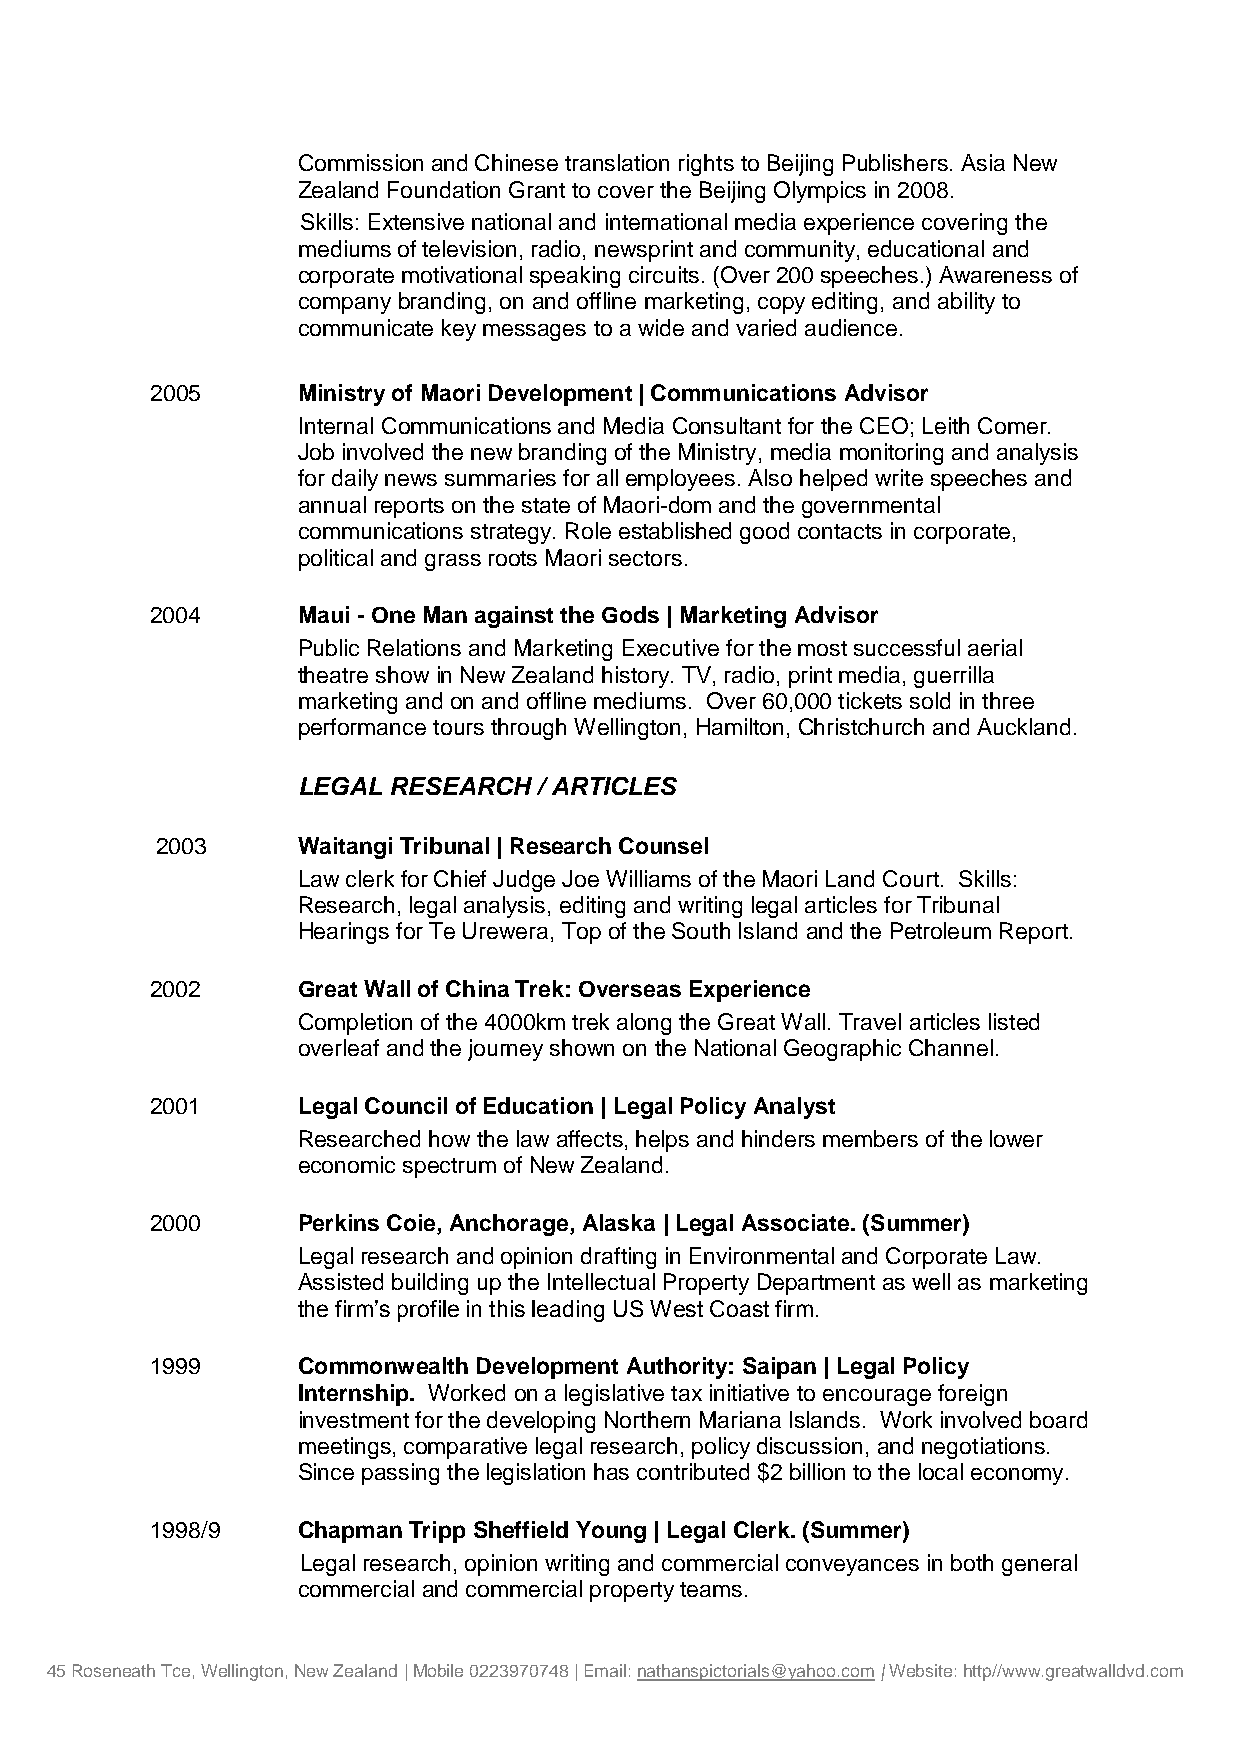
Commission and Chinese translation rights to Beijing Publishers. Asia New
 Zealand Foundation Grant to cover the Beijing Olympics in 2008.
 Skills: Extensive national and international media experience covering the
 mediums of television, radio, newsprint and community, educational and
 corporate motivational speaking circuits. (Over 200 speeches.) Awareness of
 company branding, on and offline marketing, copy editing, and ability to
 communicate key messages to a wide and varied audience.
 2005      Ministry of Maori Development | Communications Advisor
 Internal Communications and Media Consultant for the CEO; Leith Comer.
 Job involved the new branding of the Ministry, media monitoring and analysis
 for daily news summaries for all employees. Also helped write speeches and
 annual reports on the state of Maori-dom and the governmental
 communications strategy. Role established good contacts in corporate,
 political and grass roots Maori sectors.
 2004      Maui - One Man against the Gods | Marketing Advisor
 Public Relations and Marketing Executive for the most successful aerial
 theatre show in New Zealand history. TV, radio, print media, guerrilla
 marketing and on and offline mediums. Over 60,000 tickets sold in three
 performance tours through Wellington, Hamilton, Christchurch and Auckland.
 LEGAL RESEARCH  / ARTICLES
 2003      Waitangi Tribunal | Research Counsel
 Law clerk for Chief Judge Joe Williams of the Maori Land Court. Skills:
 Research, legal analysis, editing and writing legal articles for Tribunal
 Hearings for Te Urewera, Top of the South Island and the Petroleum Report.
 2002      Great Wall of China Trek: Overseas Experience
 Completion of the 4000km trek along the Great Wall. Travel articles listed
 overleaf and the journey shown on the National Geographic Channel.
 2001      Legal Council of Education | Legal Policy Analyst
 Researched how the law affects, helps and hinders members of the lower
 economic spectrum of New Zealand.
 2000      Perkins Coie, Anchorage, Alaska | Legal Associate. (Summer)
 Legal research and opinion drafting in Environmental and Corporate Law.
 Assisted building up the Intellectual Property Department as well as marketing
 the firm’s profile in this leading US West Coast firm.
 1999      Commonwealth Development Authority: Saipan | Legal Policy
 Internship. Worked on a legislative tax initiative to encourage foreign
 investment for the developing Northern Mariana Islands. Work involved board
 meetings, comparative legal research, policy discussion, and negotiations.
 Since passing the legislation has contributed $2 billion to the local economy.
 1998/9    Chapman Tripp Sheffield Young | Legal Clerk. (Summer)
 Legal research, opinion writing and commercial conveyances in both general
 commercial and commercial property teams.
 45 Roseneath Tce, Wellington, New Zealand | Mobile 0223970748 | Email: nathanspictorials@yahoo.com | Website: http//www.greatwalldvd.com